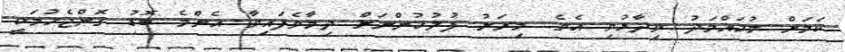
ކަމަށް މުހައްމަދު ވިދާޅުވި އެވެ. މިރަށު ފުލުހުންނަށް ދިމާވެފައިވާ އެންމެ ބޮޑު ގޮންޖެހުމަކީ